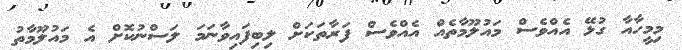
މިމީހާއާ ގުޅޭ އެއްވެސް މައުލޫމާތެއް އެއްވެސް ފަރާތަކަށް ލިބިފައިވާނަމަ ލަސްނުކޮށް އެ މައުލޫމާތު